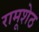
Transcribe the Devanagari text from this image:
रामूशेठ